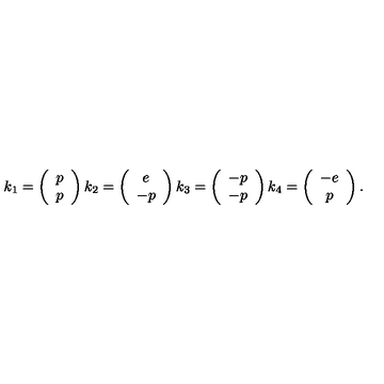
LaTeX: k _ { 1 } = \left( \begin{array} { c } { p } \\ { p } \\ \end{array} \right) k _ { 2 } = \left( \begin{array} { c } { e } \\ { - p } \\ \end{array} \right) k _ { 3 } = \left( \begin{array} { c } { - p } \\ { - p } \\ \end{array} \right) k _ { 4 } = \left( \begin{array} { c } { - e } \\ { p } \\ \end{array} \right) .